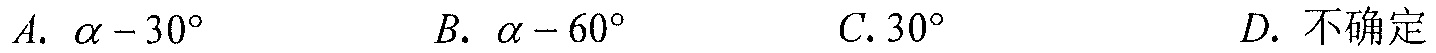
A. \(\alpha - 30^{\circ}\)  B. \(\alpha - 60^{\circ}\)  C. \(30^{\circ}\)  D. 不确定